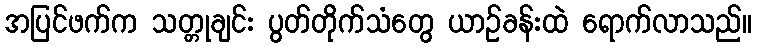
အပြင်ဖက်က သတ္တုချင်း ပွတ်တိုက်သံတွေ ယာဉ်ခန်းထဲ ရောက်လာသည်။